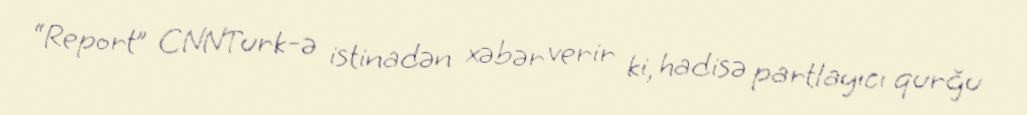
“Report” CNNTurk-ə istinadən xəbər verir ki, hadisə partlayıcı qurğu